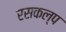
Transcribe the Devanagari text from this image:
रसकल्प